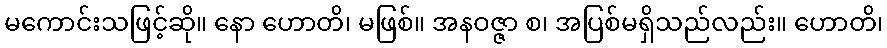
မကောင်းသဖြင့်ဆို။ နော ဟောတိ၊ မဖြစ်။ အနဝဇ္ဇာ စ၊ အပြစ်မရှိသည်လည်း။ ဟောတိ၊